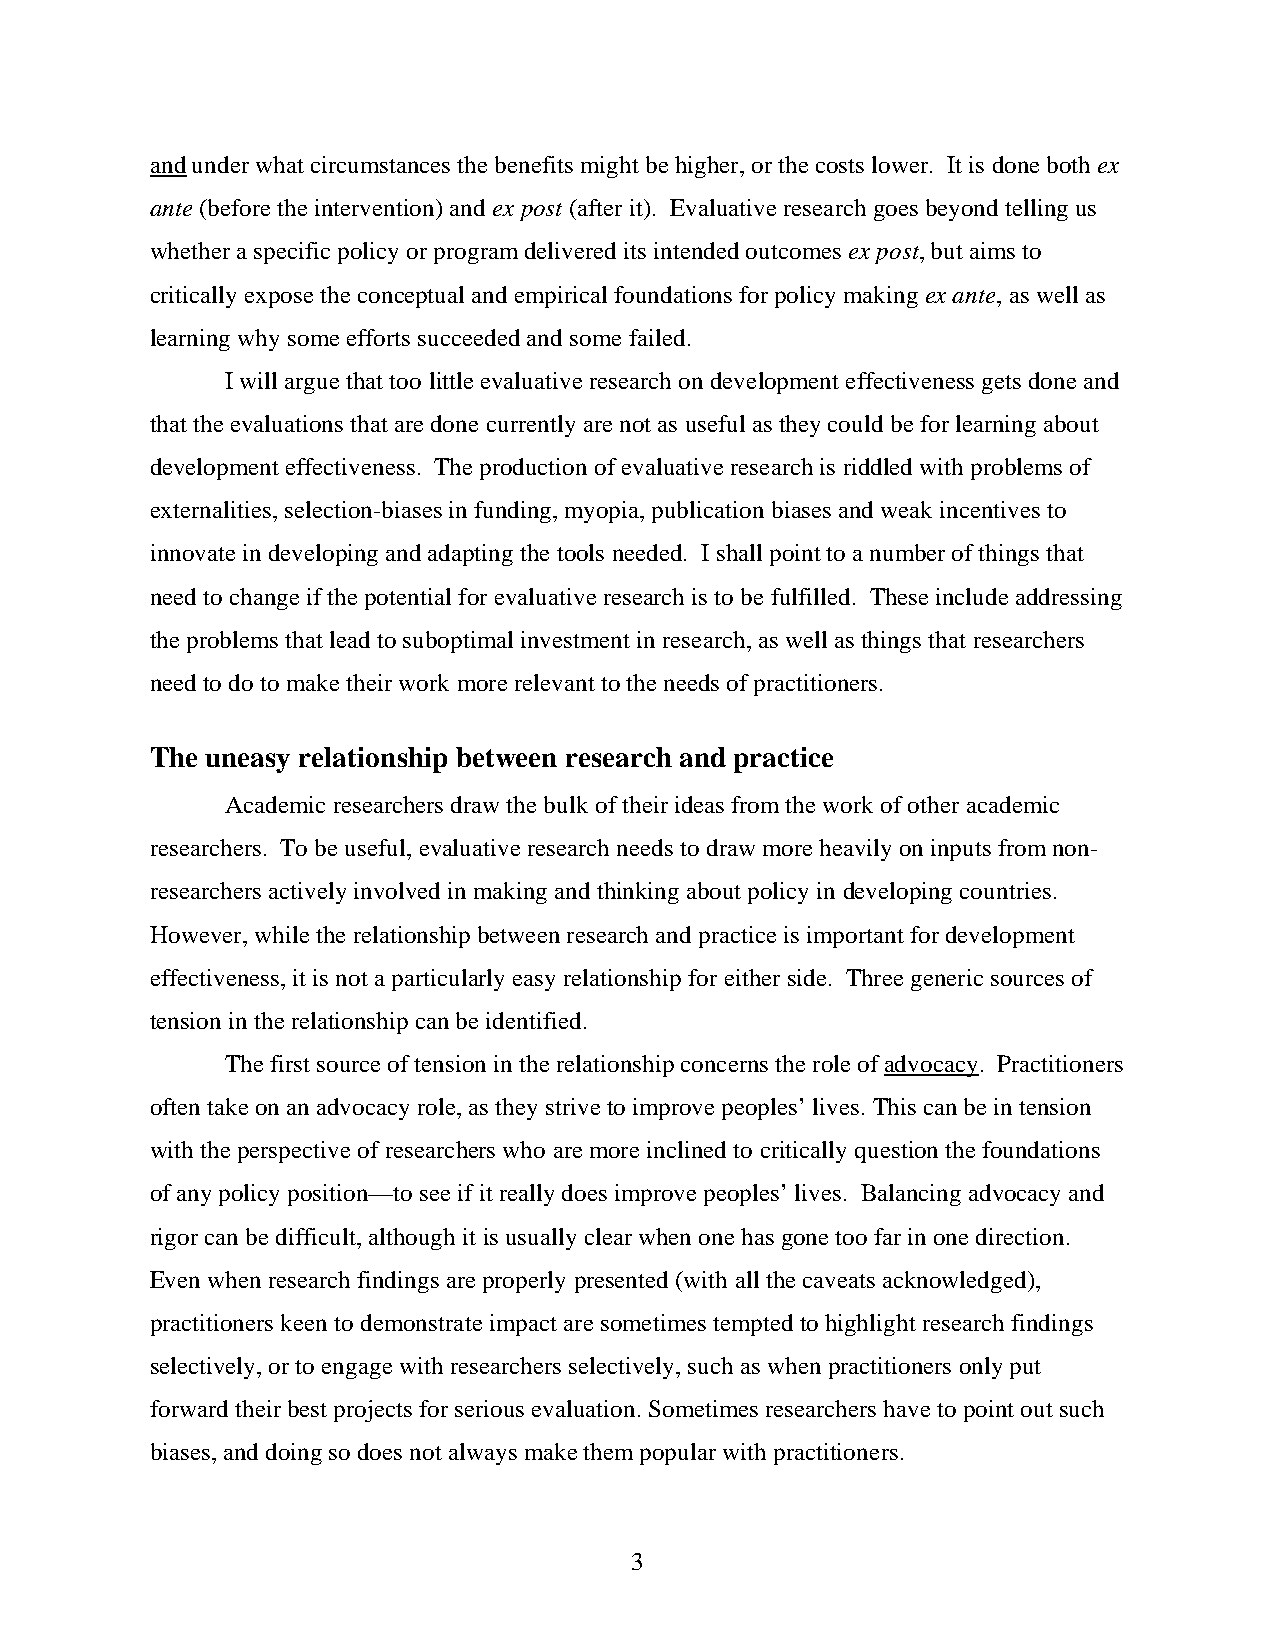
and under what circumstances the benefits might be higher, or the costs lower. It is done both ex
 ante (before the intervention) and ex post (after it). Evaluative research goes beyond telling us
 whether a specific policy or program delivered its intended outcomes ex post, but aims to
 critically expose the conceptual and empirical foundations for policy making ex ante, as well as
 learning why some efforts succeeded and some failed.
 I will argue that too little evaluative research on development effectiveness gets done and
 that the evaluations that are done currently are not as useful as they could be for learning about
 development effectiveness. The production of evaluative research is riddled with problems of
 externalities, selection-biases in funding, myopia, publication biases and weak incentives to
 innovate in developing and adapting the tools needed. I shall point to a number of things that
 need to change if the potential for evaluative research is to be fulfilled. These include addressing
 the problems that lead to suboptimal investment in research, as well as things that researchers
 need to do to make their work more relevant to the needs of practitioners.
 The uneasy relationship between research and practice
 Academic researchers draw the bulk of their ideas from the work of other academic
 researchers. To be useful, evaluative research needs to draw more heavily on inputs from non-
 researchers actively involved in making and thinking about policy in developing countries.
 However, while the relationship between research and practice is important for development
 effectiveness, it is not a particularly easy relationship for either side. Three generic sources of
 tension in the relationship can be identified.
 The first source of tension in the relationship concerns the role of advocacy. Practitioners
 often take on an advocacy role, as they strive to improve peoples’ lives. This can be in tension
 with the perspective of researchers who are more inclined to critically question the foundations
 of any policy position—to see if it really does improve peoples’ lives. Balancing advocacy and
 rigor can be difficult, although it is usually clear when one has gone too far in one direction.
 Even when research findings are properly presented (with all the caveats acknowledged),
 practitioners keen to demonstrate impact are sometimes tempted to highlight research findings
 selectively, or to engage with researchers selectively, such as when practitioners only put
 forward their best projects for serious evaluation. Sometimes researchers have to point out such
 biases, and doing so does not always make them popular with practitioners.
 3